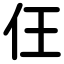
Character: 仼